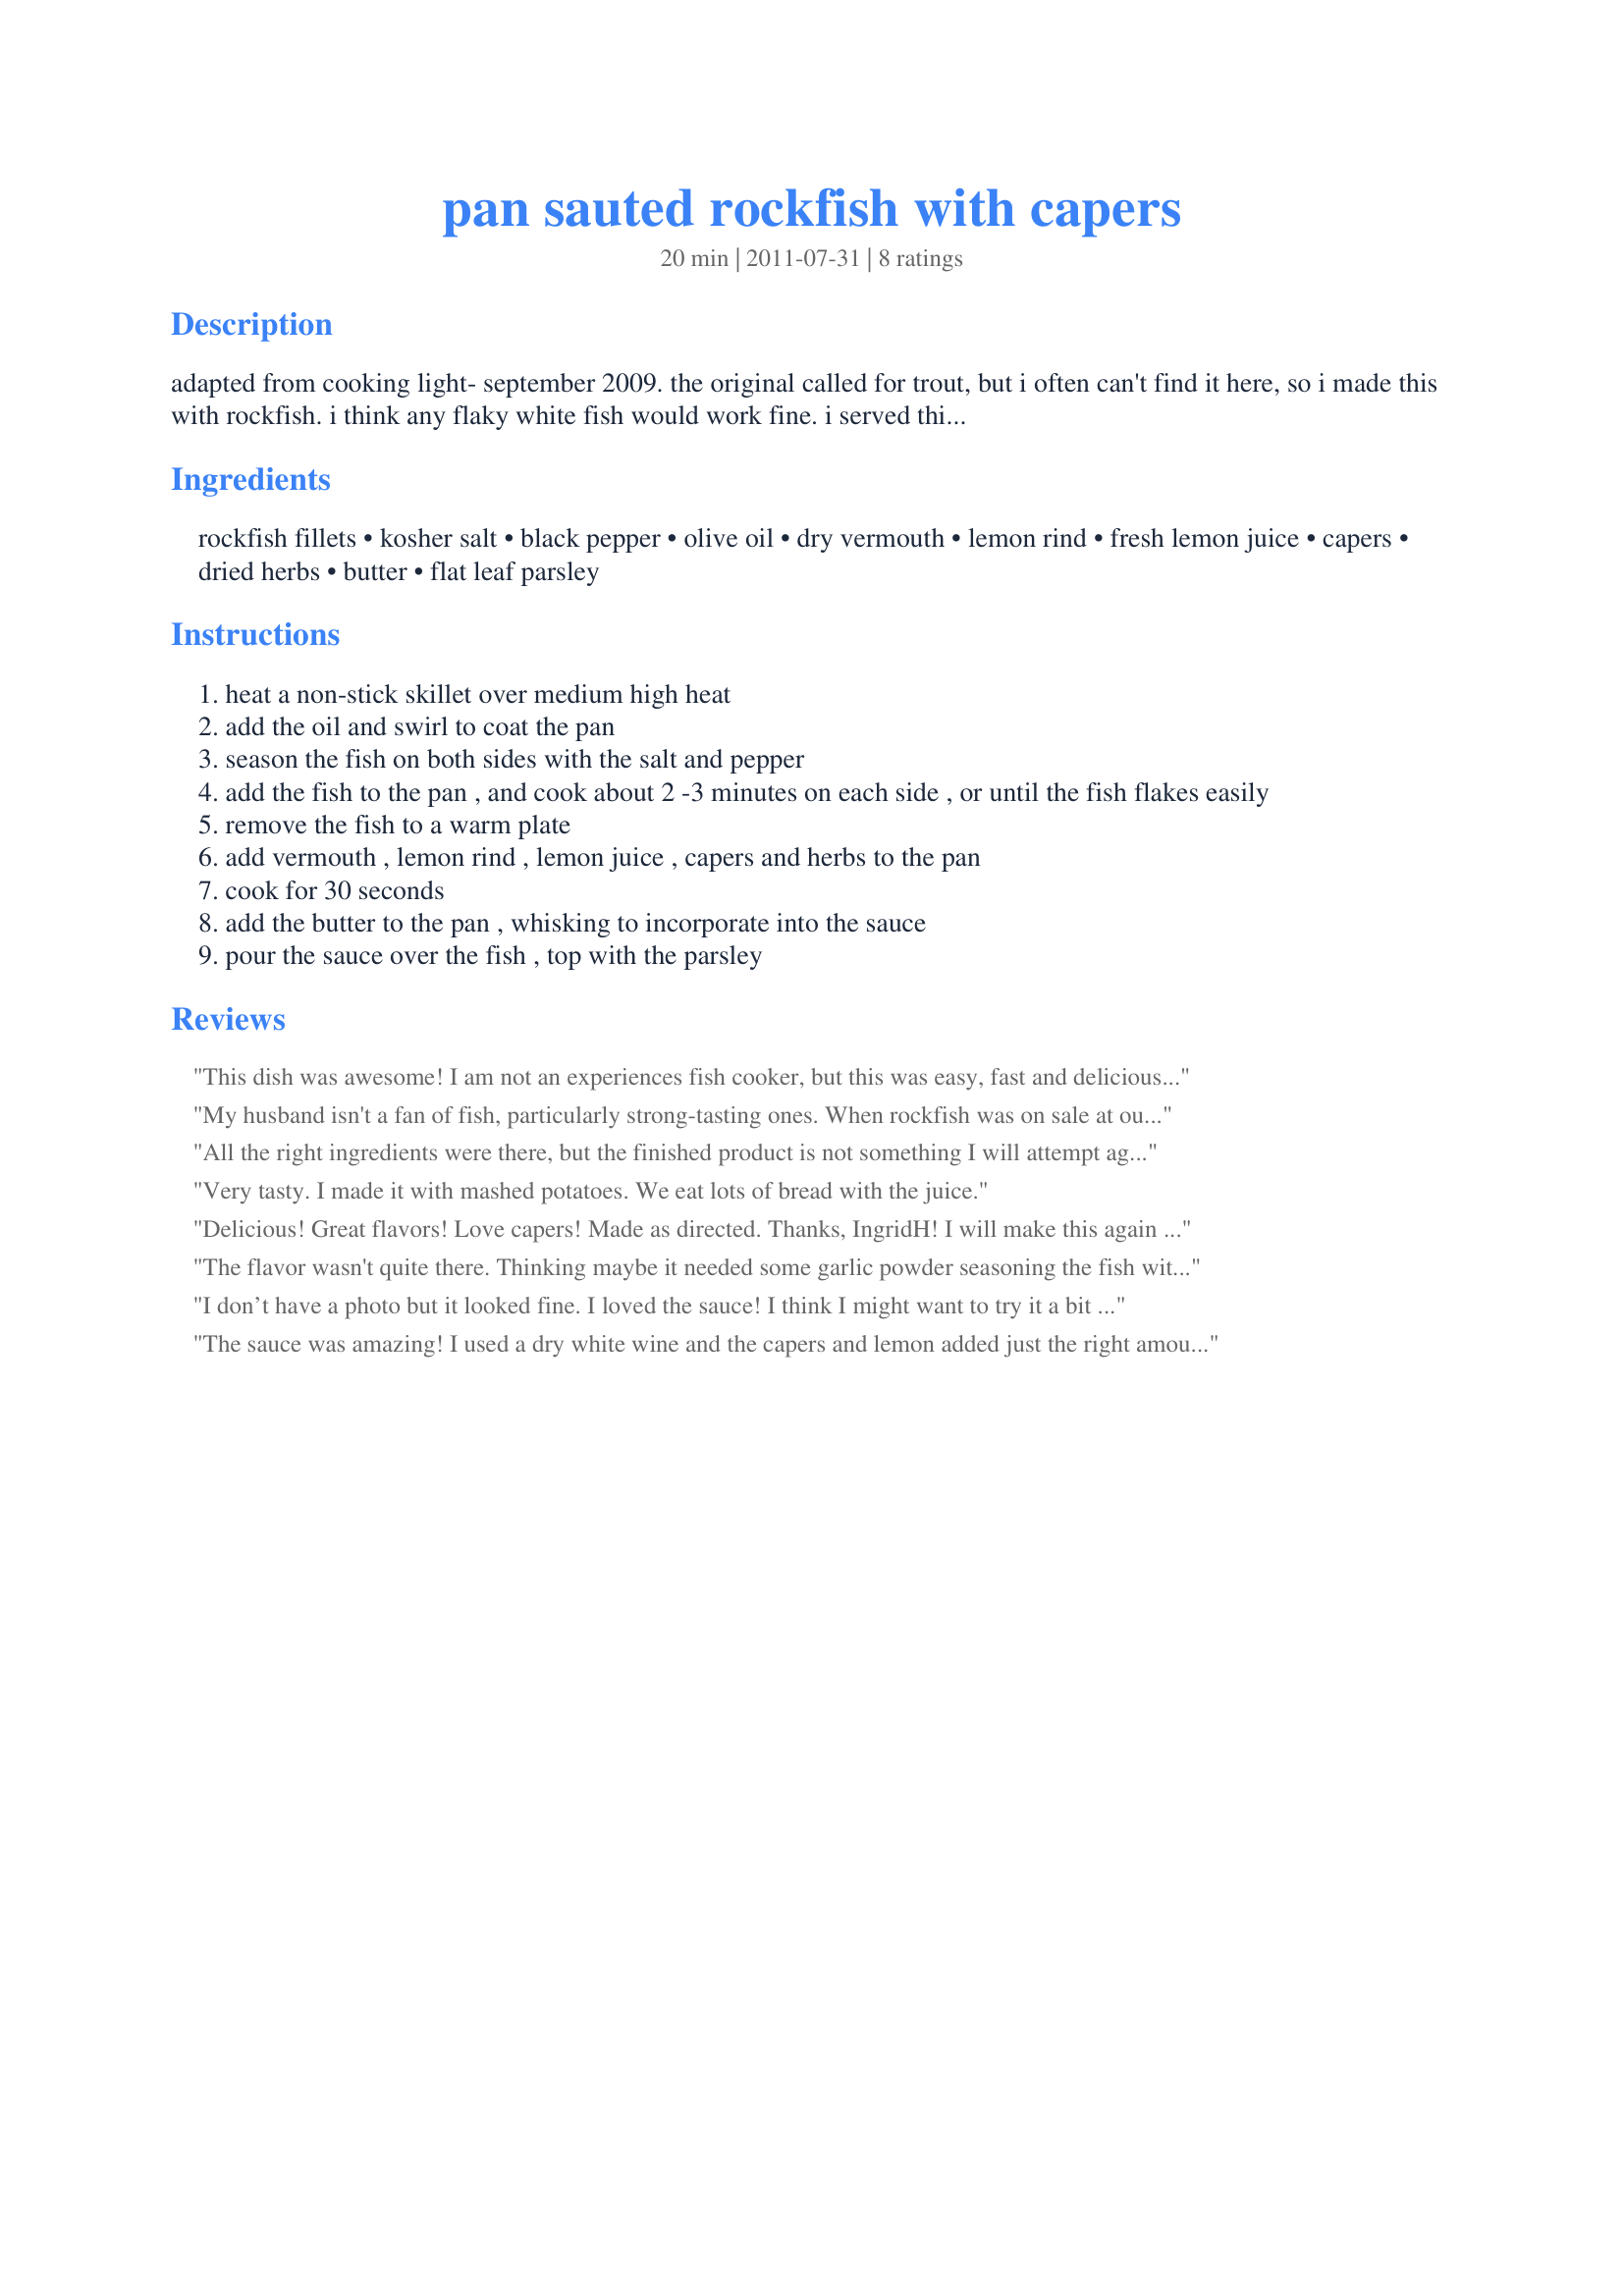
pan sauted rockfish with capers
Preparation time: 20 minutes

adapted from cooking light- september 2009. the original called for trout, but i often can't find it here, so i made this with rockfish. i think any flaky white fish would work fine. i served this with orzo, to catch the sauce, but rice would work equally well.

Ingredients:
rockfish fillets, kosher salt, black pepper, olive oil, dry vermouth, lemon rind, fresh lemon juice, capers, dried herbs, butter, flat leaf parsley

Steps:
heat a non-stick skillet over medium high heat
add the oil and swirl to coat the pan
season the fish on both sides with the salt and pepper
add the fish to the pan , and cook about 2 -3 minutes on each side , or until the fish flakes easily
remove the fish to a warm plate
add vermouth , lemon rind , lemon juice , capers and herbs to the pan
cook for 30 seconds
add the butter to the pan , whisking to incorporate into the sauce
pour the sauce over the fish , top with the parsley

Reviews:
This dish was awesome! I am not an experiences fish cooker, but this was easy, fast and delicious! My husband said it was his favorite! Served it with brown rice.....the sauce was great with it as well.
My husband isn't a fan of fish, particularly strong-tasting ones. When rockfish was on sale at our Whole Foods, I decided to give it a try, thinking I would cook it pan fried with a piccata sauce. Voila, this showed up when I went Googling, exactly what I wanted! It was as easy and delicious as all the prior reviewers said, and my husband said it was good.
All the right ingredients were there, but the finished product is not something I will attempt again.
Very tasty. I made it with mashed potatoes. We eat lots of bread with the juice.
Delicious! Great flavors! Love capers! Made as directed. Thanks, IngridH! I will make this again and again. Made the first time for PRMR tag game.
The flavor wasn't quite there. Thinking maybe it needed some garlic powder seasoning the fish with the salt and pepper.
I don’t have a photo but it looked fine. I loved the sauce! I think I might want to try it a bit sweeter next time. The thing I don’t understand is that the dish had a definite and for me unpleasant bitterness to it. I don’t think it was the sauce, and I know my olive oil is okay so I think it must have been the fish. I haven’t cooked rockfish before - I just saw it at Costco and thought “oh that might be fun to try!”. Is there something weird about rockfish?
The sauce was amazing! I used a dry white wine and the capers and lemon added just the right amount of spice to elevate a bland fish. My local market provides very fresh fish which is also a key to the success of this recipe. I am going to try this sauce recipe with crab and chicken as well.
